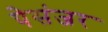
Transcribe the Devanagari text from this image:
पेसंजर